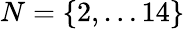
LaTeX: N=\{ 2,\ldots 14\}